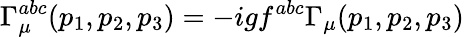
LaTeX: \Gamma_{\mu}^{abc}(p_{1},p_{2},p_{3})=-igf^{abc}\Gamma_{\mu}(p_{1},p_{2},p_{3})